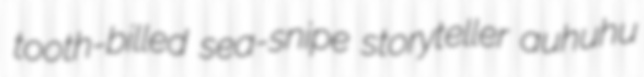
tooth-billed sea-snipe storyteller auhuhu